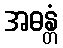
အဓန္တံ